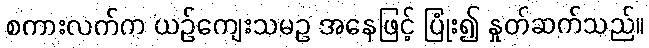
စကားလက်က ယဉ်ကျေးသမဥ အနေဖြင့် ပြုံး၍ နှုတ်ဆက်သည်။